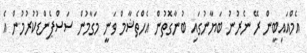
އެމްއައިބީން ރޭ ނެރުނު ބަޔާނުގައި ބުނާގޮތުން އެހްތެޝާމް ވަނީ މަގާމުން ސަސްޕެންޑުކުރުމުން އެ